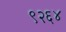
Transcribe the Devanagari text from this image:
९२६४